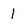
Character: 1